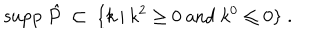
LaTeX: { \mathrm { s u p p ~ } } \hat { P } \; \subset \; \{ k \: | \: k ^ { 2 } \geq 0 { \mathrm { ~ a n d ~ } } k ^ { 0 } \leq 0 \} \; .